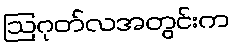
ဩဂုတ်လအတွင်းက